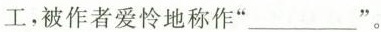
工，被作者爱怜地称作”\underline{}”